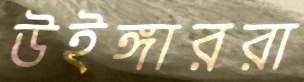
উইঙ্গাররা